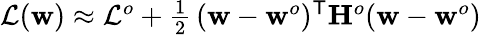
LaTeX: \begin{array}{r}{\mathcal{L}(\mathbf{w})\approx\mathcal{L}^{o}+\frac{1}{2}\, (\mathbf{w}-\mathbf{w}^{o})^{\sf T}{\mathbf{H}^{o}}(\mathbf{w}-\mathbf{w}^{o})}\end{array}